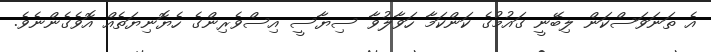
އެ ތަނަވަސްކަން ލިބޭނީ ގައުމުގެ ކަންކަމާ ހަވާލުވާ ސިޔާސީ އިސްވެރިންގެ ހެޔޮނިޔަތެއް އޮވެގެންނެވެ.